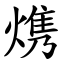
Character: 㷪